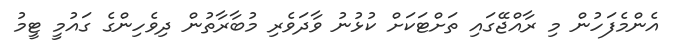
އެންމެފަހުން މި ރާއްޖޭގައި ތަށްޓަކަށް ކުޅުނު ވާދަވެރި މުބާރާތުން ދިވެހިންގެ ގައުމީ ޓީމު